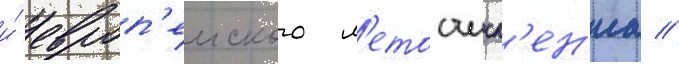
и́ европ'еиского л'етосчисл'ен'иа //